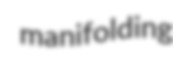
manifolding